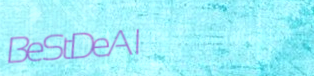
BeStDeAl